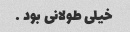
خیلی طولانی بود …